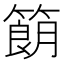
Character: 𬕨